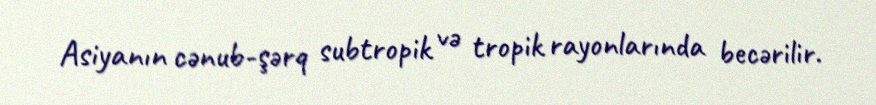
Asiyanın cənub-şərq subtropik və tropik rayonlarında becərilir.